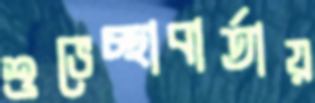
শুভেচ্ছাবার্তায়